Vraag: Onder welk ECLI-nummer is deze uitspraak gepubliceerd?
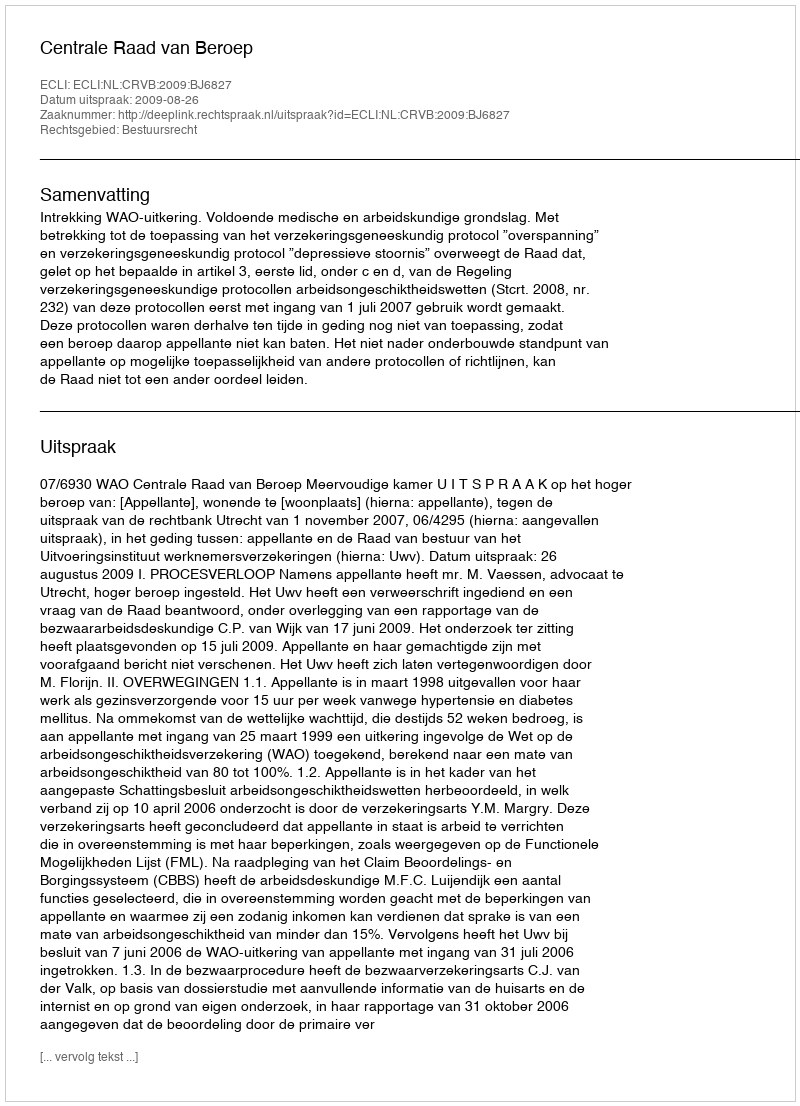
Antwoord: ECLI:NL:CRVB:2009:BJ6827